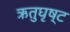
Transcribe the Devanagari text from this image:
ऋतुघृष्ट